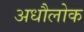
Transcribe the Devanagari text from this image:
अधौलोक